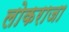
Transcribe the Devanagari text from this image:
लोकराजा